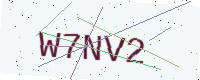
Text: W7NV2